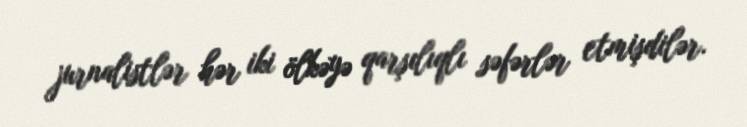
jurnalistlər hər iki ölkəyə qarşılıqlı səfərlər etmişdilər.